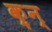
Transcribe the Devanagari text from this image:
क़्न्